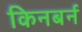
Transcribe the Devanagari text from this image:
किनबर्न